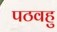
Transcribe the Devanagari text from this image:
पठवहु